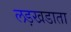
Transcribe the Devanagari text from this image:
लड़खडाता